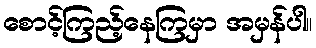
စောင့်ကြည့်နေကြမှာ အမှန်ပါ။